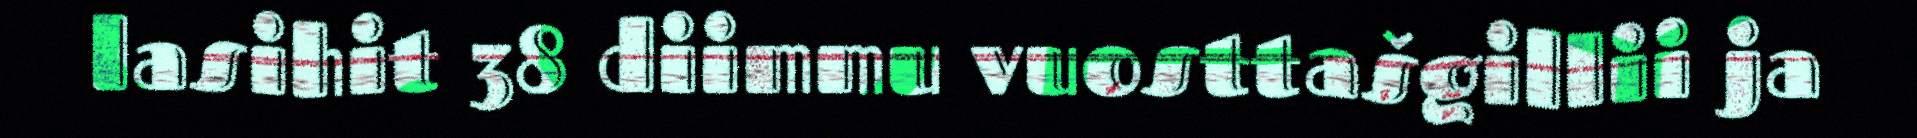
lasihit 38 diimmu vuosttašgillii ja